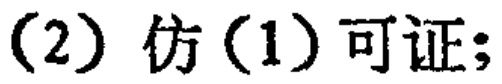
(2) 仿(1) 可证;